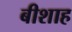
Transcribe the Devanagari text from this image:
बीशाह